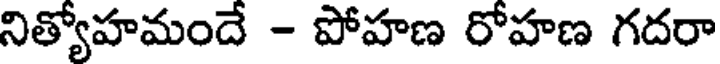
నిత్యోహమందే - పోహణ రోహణ గదరా